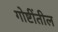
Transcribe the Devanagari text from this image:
गोष्टींतील